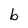
Character: b